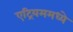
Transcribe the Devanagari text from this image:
एट्रियममध्ये